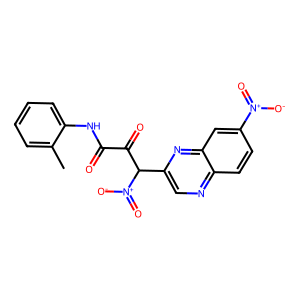
SMILES: Cc1ccccc1NC(=O)C(=O)C(c1cnc2ccc([N+](=O)[O-])cc2n1)[N+](=O)[O-]
Inhibits HIV replication: No